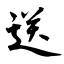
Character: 送